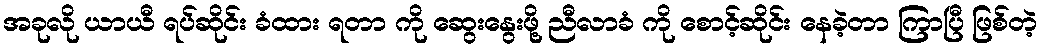
အခုလို ယာယီ ရပ်ဆိုင်း ခံထား ရတာ ကို ဆွေးနွေးဖို့ ညီလာခံ ကို စောင့်ဆိုင်း နေခဲ့တာ ကြာပြီ ဖြစ်တဲ့